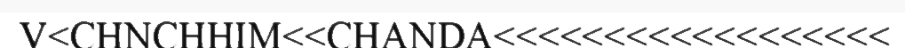
V<CHNCHHIM<<CHANDA<<<<<<<<<<<<<<<<<<